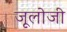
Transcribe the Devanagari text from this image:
जूलोजी